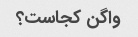
واگن کجاست؟